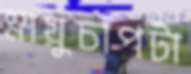
স্নায়ুচাপটা